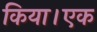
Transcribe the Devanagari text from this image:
किया।एक